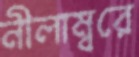
নীলাম্বরে